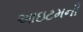
આઇટમની